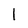
Character: I